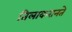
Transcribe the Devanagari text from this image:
तिलाकरानते